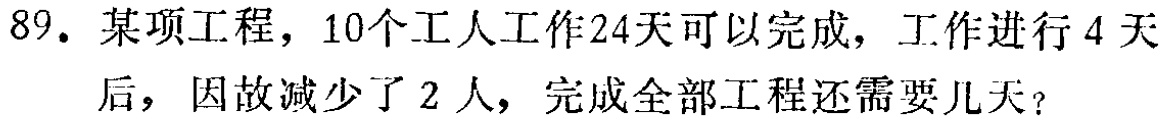
89. 某项工程，10个工人工作24天可以完成，工作进行4天后，因故减少了2人，完成全部工程还需要几天？